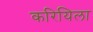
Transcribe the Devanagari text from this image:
करियिला